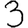
Digit: 3